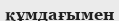
құмдағымен